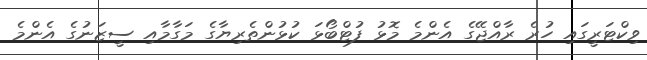
ވިކްޓަރީގައި ހުރެ ރާއްޖޭގެ އެންމެ މޮޅު ފުޓްބޯޅަ ކުޅުންތެރިޔާގެ މަގާމާއި ސީޒަނުގެ އެންމެ